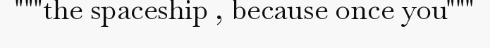
"""the spaceship , because once you"""